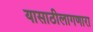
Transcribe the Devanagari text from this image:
यासाठीलागणारा